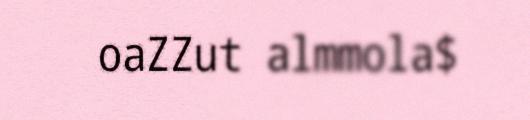
oaZZut almmola$